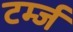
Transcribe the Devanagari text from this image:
टर्म्ज